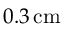
0 . 3 \, \mathrm { c m }